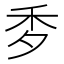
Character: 𥝘